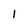
Character: 1